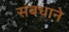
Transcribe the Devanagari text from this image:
संबधाने